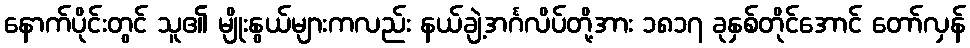
နောက်ပိုင်းတွင် သူ၏ မျိုးနွယ်များကလည်း နယ်ချဲ့အင်္ဂလိပ်တို့အား ၁၈၁၇ ခုနှစ်တိုင်အောင် တော်လှန်